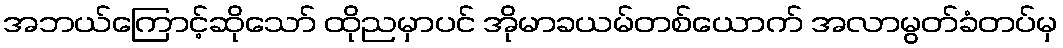
အဘယ်ကြောင့်ဆိုသော် ထိုညမှာပင် အိုမာခယမ်တစ်ယောက် အလာမွတ်ခံတပ်မှ